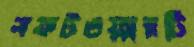
সফটওয়্যারটি